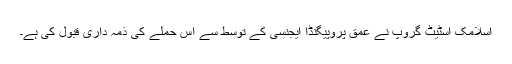
اسلامک اسٹیٹ گروپ نے عمق پروپیگنڈا ایجنسی کے توسط سے اس حملے کی ذمہ داری قبول کی ہے۔